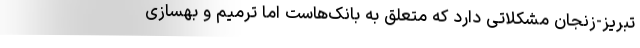
تبریز-زنجان مشکلاتی دارد که متعلق به بانک‌هاست اما ترمیم و بهسازی